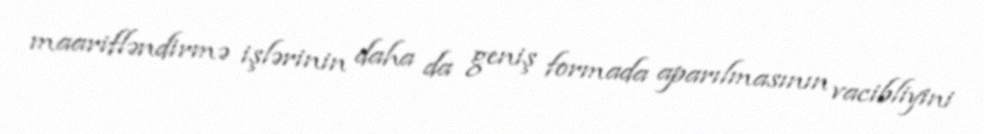
maarifləndirmə işlərinin daha da geniş formada aparılmasının vacibliyini